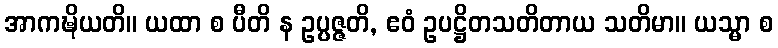
အာကဍ္ဎိယတိ။ ယထာ စ ပီတိ န ဥပ္ပဇ္ဇတိ, ဧဝံ ဥပဋ္ဌိတသတိတာယ သတိမာ။ ယသ္မာ စ